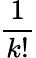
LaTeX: \frac{1}{k!}